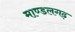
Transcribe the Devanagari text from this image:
माण्डलगढ़